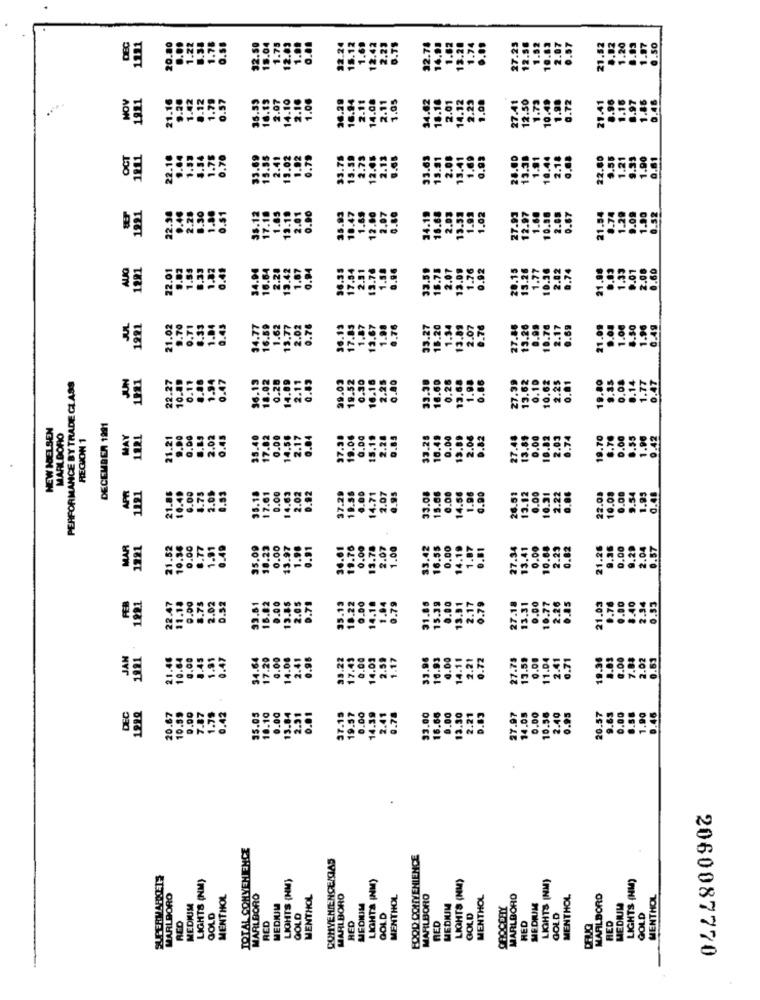
DEC
1221
50
12.
21.
NOV
1921
1.16
35.59
16.15
2.07
16.29
14.08
1.05
34.62
14.12
27.41
.41
0.46
2.11
18.10
2.01
2.23
10.49
OCT
.90
.61
22.1
13.
33.
13.4
22.8
1221
5.83
10.47
2.80
22.3
0.40
1.80
0.51
35.1;
17.1
1.89
2.07
2.03
13.5
1.8
1.02
10.9
13.
34.
16 .
21.
AUG
1281
22.01
9.82
0.49
34.00
16.64
2.20
13.42
.54
21.88
1.5
1.82
33.5
1.87
3.67
1991
21.02
9.70
34.77
16.59
1.62
13.77
33.27
18.20
13.89
JUN
1981
22.27
10.89
0.11
8.48
1.94
0.47
36.13
18.02
0.28
14.09
99.02
19.52
0.30
16.16
PERFORMANCE BY TRADE CLASS
33.3
16.
HEW NIELSEN
MARLBORO
DECEMBER 1991
0.00
REGION 1
MAY
.21
9.00
.DO
2.02
0.45
35.40
17.02
14.
21
1121
35.18
17.61
0.92
0.00
APR
6.00
4.75
0.00
14.63
2.02
22.01
1.95
0.4
10.
33.
21
MAR
1221
.52
10.34
0.00
.77
1.91
35.09
18.23
0.00
13.97
1.98
.41
21.26
9.36
0.00
0.57
2.0
21
0.52
16.82
0.00
13.85
0.00
21.03
FER
22.47
31.18
0.00
8.75
2.02
33.61
2.0$
2.34
0.53
31.
13.
JAN
1921
21.46
10.64
0.00
8.45
1.91
0.47
34.64
17.20
0.00
14.08
2.41
0.00
14.03
2.59
33.96
16.93
27.75
13.5#
0.00
11.04
0.71
8.83
0.00
2.02
0.51
14.1
19.3
7.04
16.66
0.00
10.56
0.00
1.90
0.46
DEC
20.67
10.89
0.00
2.07
1.75
0.42
35.05
10.10
0.00
13.0
7.15
19.57
0.00
14.39
2.41
33.00
0.00
13.30
2.21
D.B5
27.97
14.05
.40
0.95
20.57
ठड्डा
TOTAL CONVENIENCE
CONVENIENCEIGAS
EQOD CONVENIENCE
SUPERMARKETS
LIGHTS (NM)
LIGHTS (HM)
LIGHTS (NM)
LIGHTS (NM)
LIGHTS (NM)
LIGHTS (NM)
MARLBORO
MENTHOL
MARLBORO
MENTHOL
MARLBORO
MENTHOL
MARLBORO
MENTHOL
MARLBORO
MENTHOL
MARLBORO
MENTHOL
MEDIUM
MEDIUM
MEDIUM
MEDNIM
MEDRUIM
MEDIUM
GOLD
RED
GOLD
GOLD
GOLD
HED
GOLD
RED
GOLD
RED
2060087770